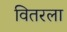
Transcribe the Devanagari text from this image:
वितरला